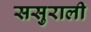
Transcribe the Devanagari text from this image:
ससुराली